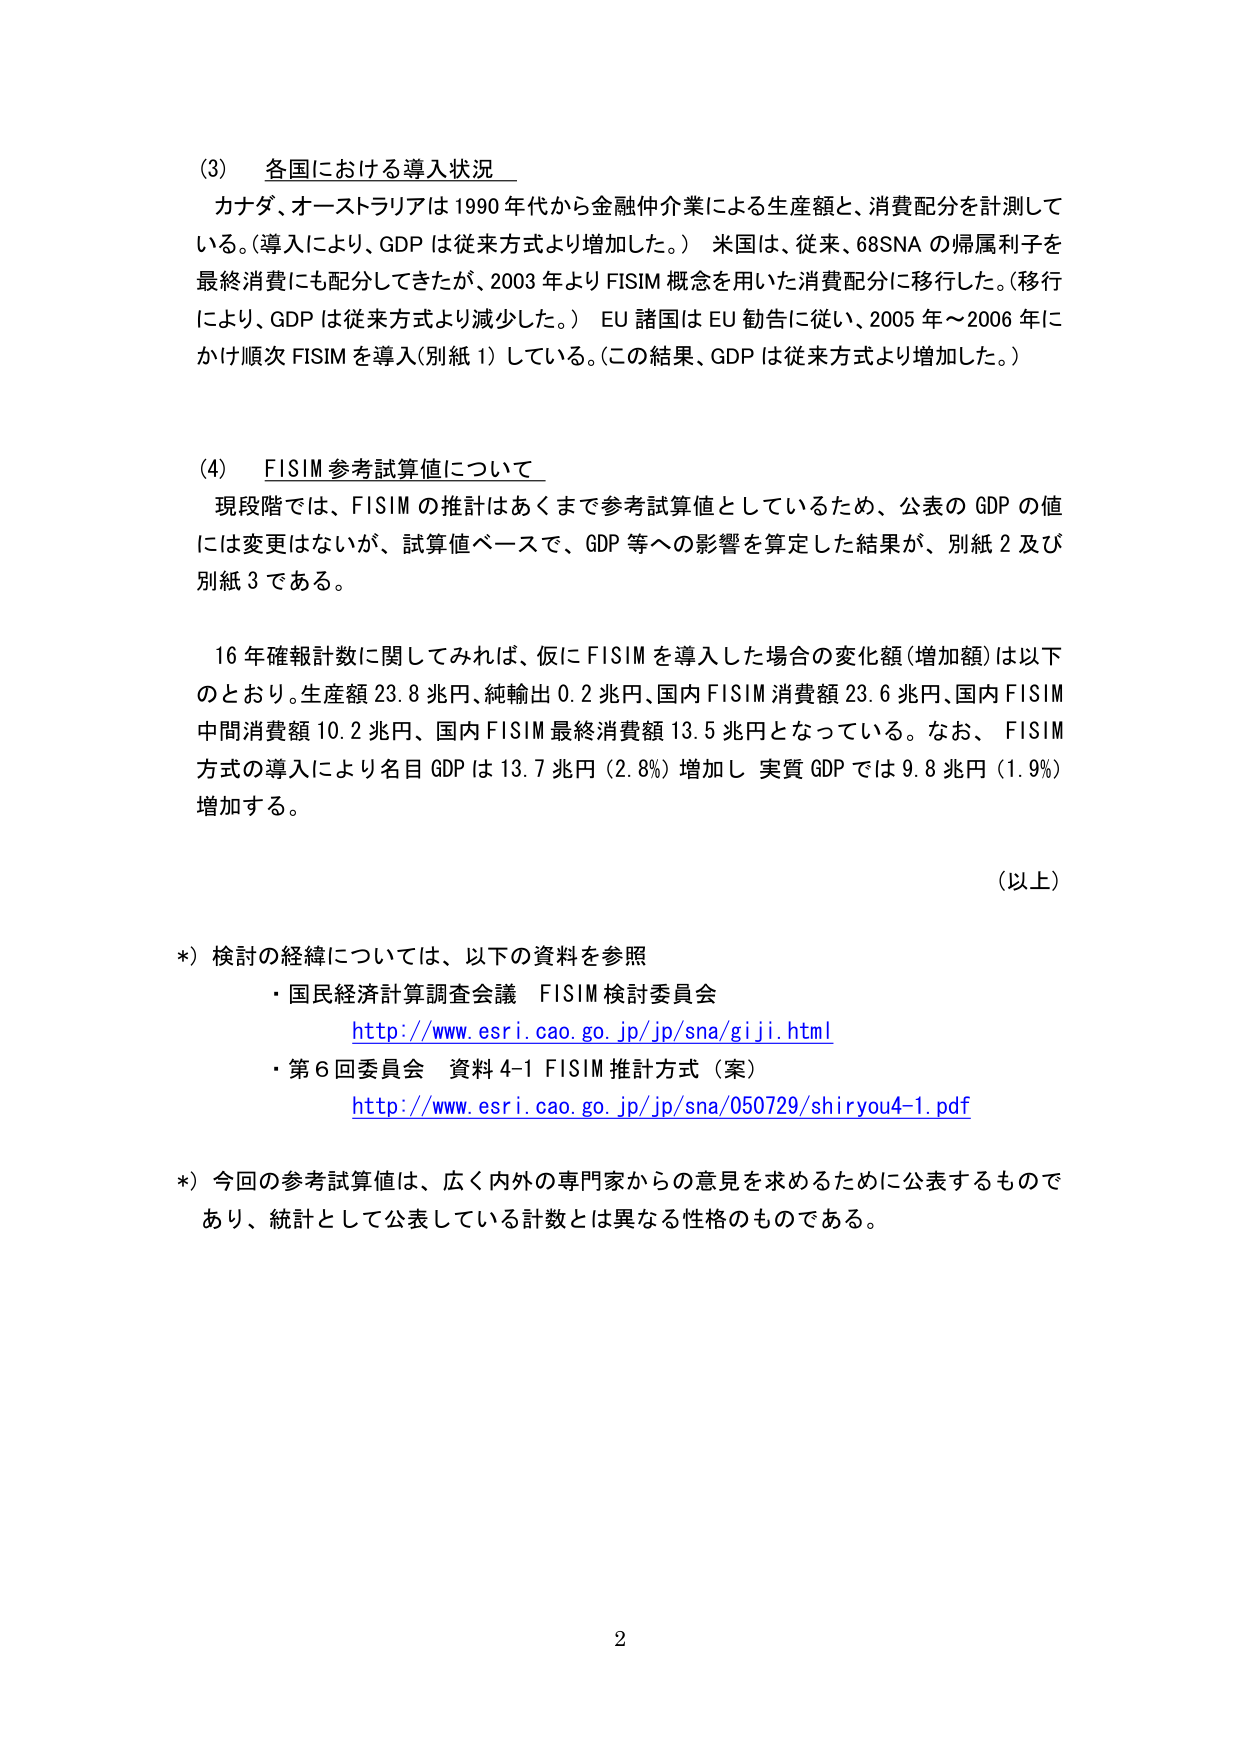
(3) 各国における導入状況
カナダ、オーストラリアは1990年代から金融仲介業による生産額と、消費配分を計測している。（導入により、GDPは従来方式より増加した。）米国は、従来、68SNAの帰属利子を最終消費にも配分してきたが、2003年よりFISIM概念を用いた消費配分に移行した。（移行により、GDPは従来方式より減少した。）EU諸国はEU勧告に従い、2005年～2006年にかけ順次FISIMを導入（別紙1）している。（この結果、GDPは従来方式より増加した。）

(4) FISIM参考試算値について
現段階では、FISIMの推計はあくまで参考試算値としているため、公表のGDPの値には変更はないが、試算値ベースで、GDP等への影響を算定した結果が、別紙2及び別紙3である。

16年確報計数に関してみれば、仮にFISIMを導入した場合の変化額（増加額）は以下のとおり。生産額23.8兆円、純輸出0.2兆円、国内FISIM消費額23.6兆円、国内FISIM中間消費額10.2兆円、国内FISIM最終消費額13.5兆円となっている。なお、FISIM方式の導入により名目GDPは13.7兆円（2.8%）増加し、実質GDPでは9.8兆円（1.9%）増加する。

（以上）

*）検討の経緯については、以下の資料を参照
・国民経済計算調査会議 FISIM検討委員会
http://www.esri.cao.go.jp/jp/sna/giji.html
・第6回委員会 資料4-1 FISIM推計方式（案）
http://www.esri.cao.go.jp/jp/sna/050729/shiryou4-1.pdf

*）今回の参考試算値は、広く内外の専門家からの意見を求めるために公表するものであり、統計として公表している計数とは異なる性格のものである。

2